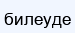
билеуде